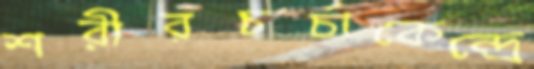
শরীরচর্চাকেন্দ্রে